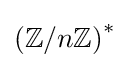
\left(\mathbb {Z} /n\mathbb {Z} \right)^{*}